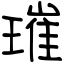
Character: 璀